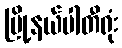
မြို့နယ်ပါတီရုံး